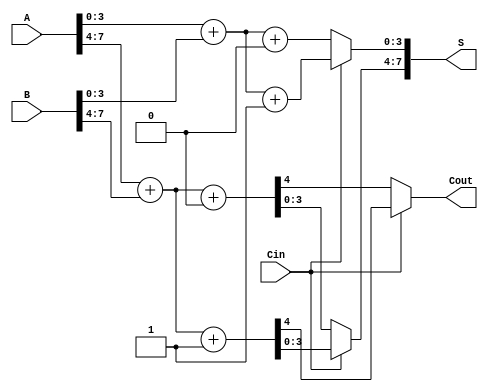
module CarrySelectAdder #(parameter N = 8) (
    input  [N-1:0] A,      // First operand
    input  [N-1:0] B,      // Second operand
    input          Cin,     // Carry input
    output [N-1:0] S,      // Sum output
    output         Cout     // Carry output
);

    // Define the number of bits per block
    localparam BLOCK_SIZE = 4;
    localparam NUM_BLOCKS = N / BLOCK_SIZE;

    // Intermediate signals
    wire [BLOCK_SIZE-1:0] S0 [0:NUM_BLOCKS-1]; // Sums for Cin = 0
    wire [BLOCK_SIZE-1:0] S1 [0:NUM_BLOCKS-1]; // Sums for Cin = 1
    wire [NUM_BLOCKS-1:0] C0;                   // Carry outs for Cin = 0
    wire [NUM_BLOCKS-1:0] C1;                   // Carry outs for Cin = 1
    wire [NUM_BLOCKS-1:0] C;                    // Selected carry outputs

    // Generate sums and carries for each block
    genvar i;
    generate
        for (i = 0; i < NUM_BLOCKS; i = i + 1) begin : block
            wire [BLOCK_SIZE-1:0] A_block = A[(i+1)*BLOCK_SIZE-1:i*BLOCK_SIZE];
            wire [BLOCK_SIZE-1:0] B_block = B[(i+1)*BLOCK_SIZE-1:i*BLOCK_SIZE];

            // Full adder logic for carry-in = 0
            assign {C0[i], S0[i]} = A_block + B_block + 1'b0;

            // Full adder logic for carry-in = 1
            assign {C1[i], S1[i]} = A_block + B_block + 1'b1;
        end
    endgenerate

    // Carry selection logic
    assign C[0] = Cin ? C1[0] : C0[0];
    generate
        for (i = 1; i < NUM_BLOCKS; i = i + 1) begin : carry_select
            assign C[i] = Cin ? C1[i] : C0[i];
        end
    endgenerate

    // Sum selection logic
    generate
        for (i = 0; i < NUM_BLOCKS; i = i + 1) begin : sum_select
            assign S[(i+1)*BLOCK_SIZE-1:i*BLOCK_SIZE] = Cin ? S1[i] : S0[i];
        end
    endgenerate

    // Final carry out
    assign Cout = C[NUM_BLOCKS-1];

endmodule